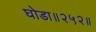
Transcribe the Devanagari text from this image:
घोडा॥२५२॥